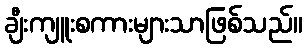
ချီးကျူးစကားများသာဖြစ်သည်။